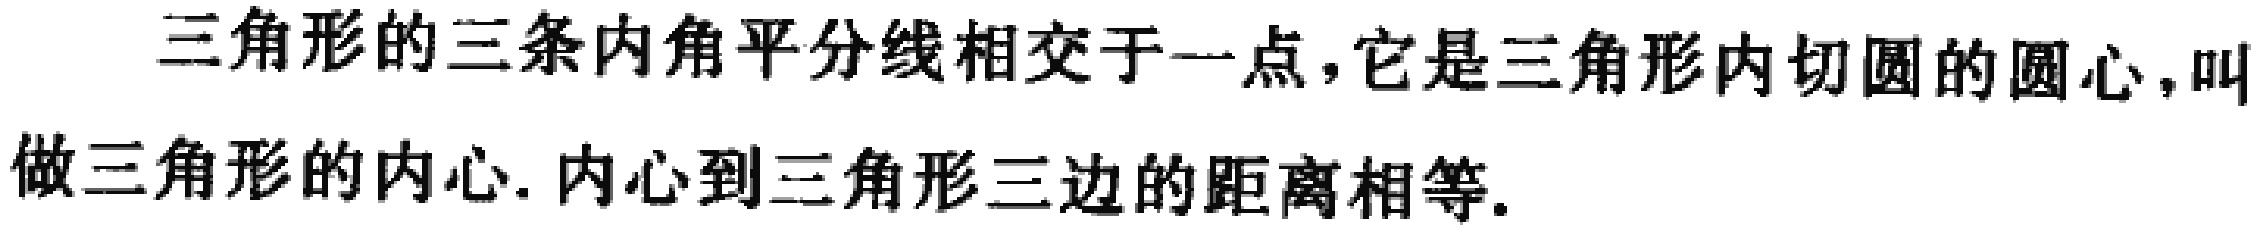
三角形的三条内角平分线相交于一点，它是三角形内切圆的圆心，叫做三角形的内心. 内心到三角形三边的距离相等.